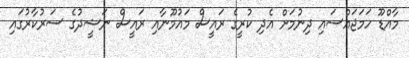
މާއްޑޫ ހަމަޖައްސައި ދިނުމަށް އެދި ކުރީގެ ރައީސް މައުމޫނާއި ރައީސް ނަޝީދުގެ ސަރުކާރުގައި